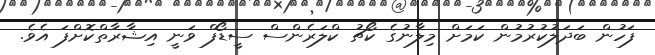
ފަހުން ބަދަލުކުރުމުން ކަމަށް މިލާނުގެ ކޯޗު ކްލަރެންސް ސީޑޯފް ވަނީ އިޝާރާތްކޮށްފަ އެވެ.